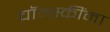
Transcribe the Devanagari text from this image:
चॉम्स्कींना